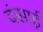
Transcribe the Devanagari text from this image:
दंसाई